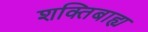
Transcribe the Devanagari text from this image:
शक्तिबाह्य